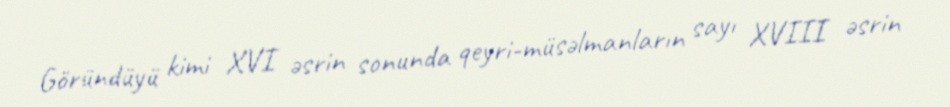
Göründüyü kimi XVI əsrin sonunda qeyri-müsəlmanların sayı XVIII əsrin